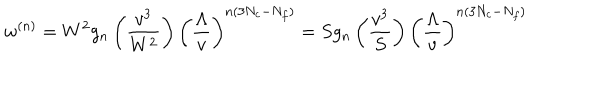
LaTeX: w ^ { ( n ) } = W ^ { 2 } g _ { n } \left( \frac { v ^ { 3 } } { W ^ { 2 } } \right) \left( \frac { \Lambda } { v } \right) ^ { n ( 3 N _ { c } - N _ { f } ) } = S g _ { n } \left( \frac { v ^ { 3 } } { S } \right) \left( \frac { \Lambda } { v } \right) ^ { n ( 3 N _ { c } - N _ { f } ) }